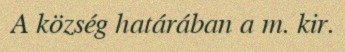
A község határában a m. kir.